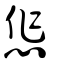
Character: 㤰